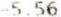
-5.56